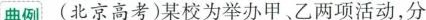
典例 (北京高考)某校为举办甲、乙两项活动，分